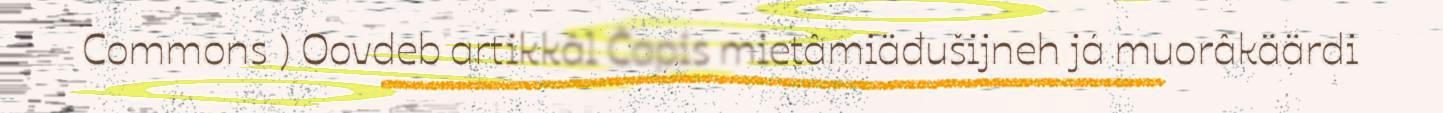
Commons ) Oovdeb artikkâl Čapis mietâmiäđušijneh já muorâkäärdi